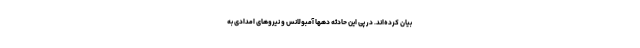
بیان کرده‌‌اند. در پی این حادثه دهها آمبولانس و نیروهای امدادی به